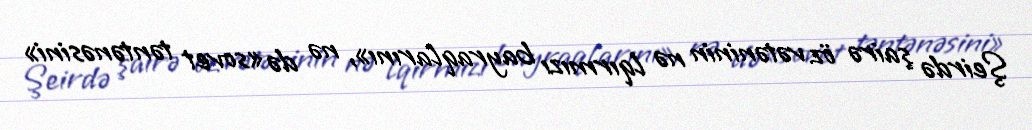
Şeirdə şairə öz vətəninin nə lqırmızı bayraqlarını», nə də «sovet təntənəsini»